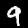
Label: 9